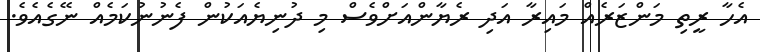
އެހާ ރީތި މަންޒަރެއް މައިރާ އަދި ރެޔާންއަށްވެސް މި ދުނިޔެއަކުން ފެނުނުކަމެއް ނޭގެއެވެ.